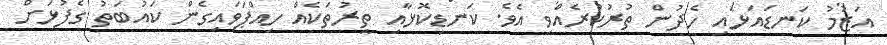
އަޒުމު ކަނޑައަޅައި ހެދުން ތުރުކުރެއްވި އެވެ. ކަނޑިކޮޅާއި ތީރުތަކެއް ހިއްޕަވައިގެން ކައުބަތު ގެފުޅަށް